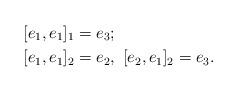
LaTeX: \begin{align*}&[e_1,e_1]_1=e_3;\\& [e_1,e_1]_2=e_2,~[e_2,e_1]_2=e_3.\end{align*}